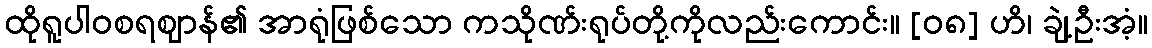
ထိုရူပါဝစရဈာန်၏ အာရုံဖြစ်သော ကသိုဏ်းရုပ်တို့ကိုလည်းကောင်း။ [၀၈] ဟိ၊ ချဲ့ဦးအံ့။